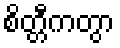
စိတ္တီကတွာ